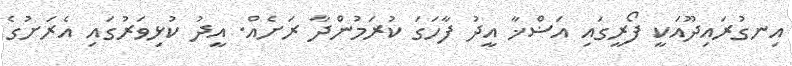
އިނގުރައިދޫއަކީ ފޯރީގައި އަޟްޚާ އީދު ފާހަގަ ކުރަމުންދާ ރަށެއް. އީދު ކުޅިވަރުގައި އެރަށުގެ